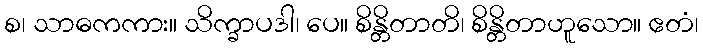
စ၊ သာဓကကား။ သိက္ခာပဒါ၊ ပေ။ စိန္တိတာတိ၊ စိန္တိတာဟူသော။ ဧတံ၊